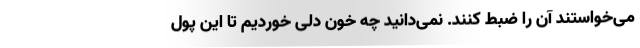
می‌خواستند آن را ضبط کنند. نمی‌دانید چه خون دلی خوردیم تا این پول